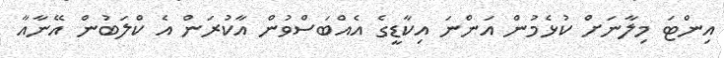
އިންޓަ މިލާނަށް ކުޅެމުން އަންނަ އިކާޑީގެ އެއްބަސްވުން އާކުރަން އެ ކްލަބުން އޭނާއާ